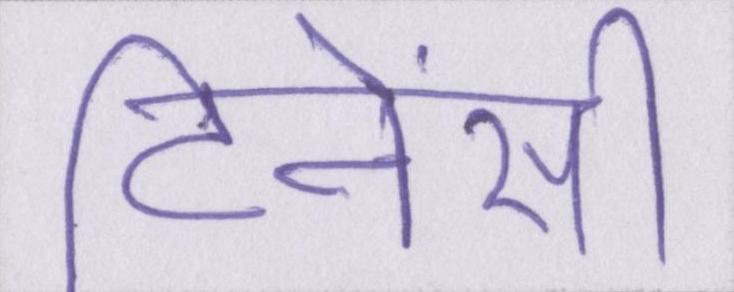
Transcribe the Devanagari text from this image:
टिनेंसी